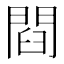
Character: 閰